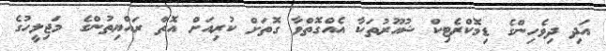
އަދި ދިވެހިންގެ ޑިމޮކްރެޓިކް ޝުއޫރުތަކާ އެއްގޮތްވާ ގޮތަށް ކުރިއަށް އޮތް ރައްޔިތުންގެ މަޖިލީހުގެ